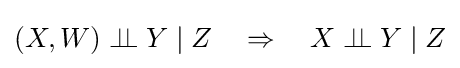
(X,W)\perp \!\!\!\perp Y\mid Z\quad \Rightarrow \quad X\perp \!\!\!\perp Y\mid Z